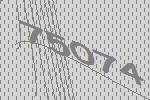
75074